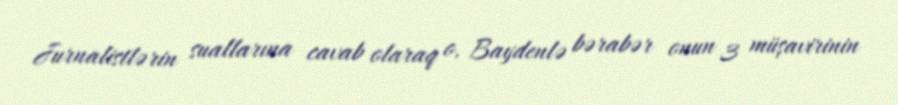
Jurnalistlərin suallarına cavab olaraq o, Baydenlə bərabər onun 3 müşavirinin